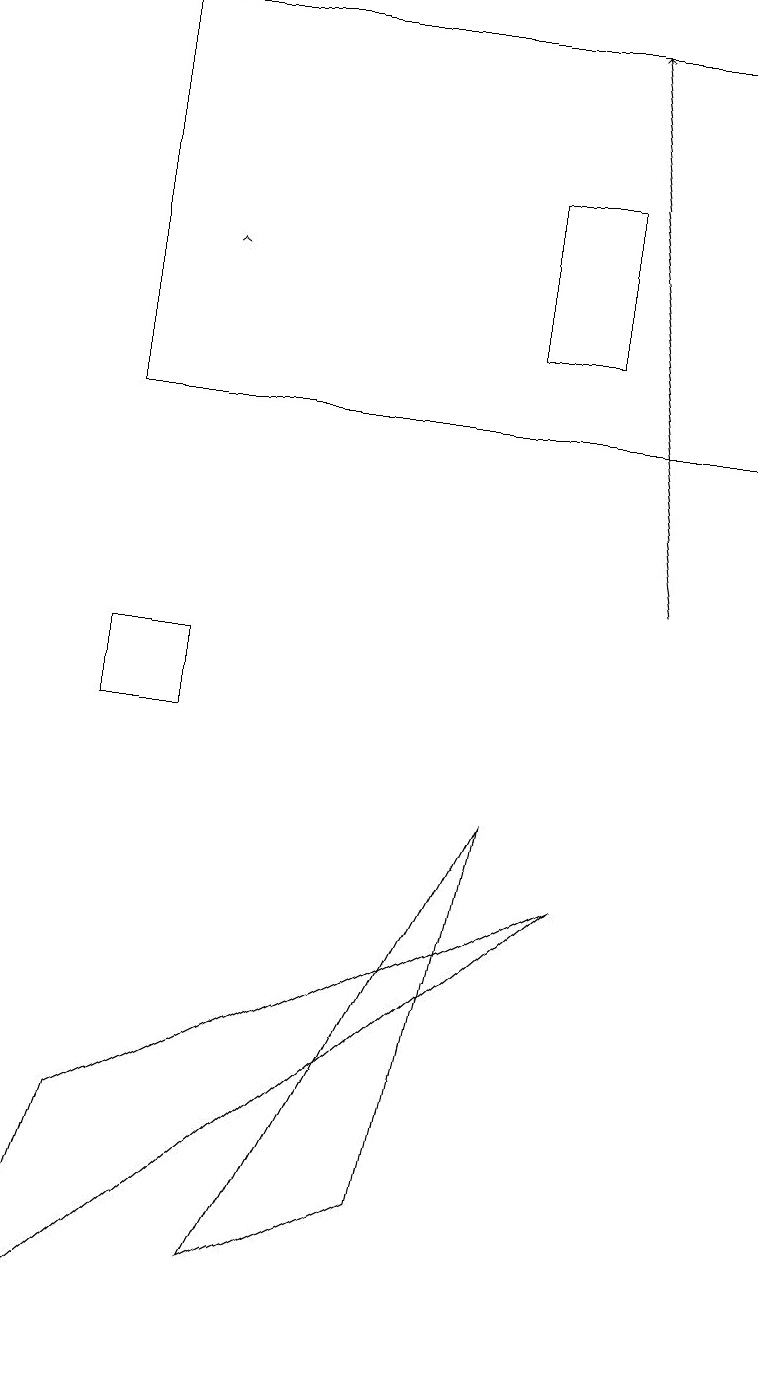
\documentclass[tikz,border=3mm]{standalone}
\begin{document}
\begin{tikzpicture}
\draw[->] (8,12) -- (7,19);
\draw (7,17) rectangle (6,15);
\draw (5,4) -- (6,9) -- (3,3) -- cycle;
\draw (1,5) -- (7,8) -- (0,2) -- cycle;
\draw[->] (2,16) -- (2,16);
\draw (1,14) rectangle (9,19);
\draw (1,11) rectangle (2,10);
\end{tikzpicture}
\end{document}